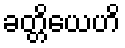
ခတ္တိယေဟိ